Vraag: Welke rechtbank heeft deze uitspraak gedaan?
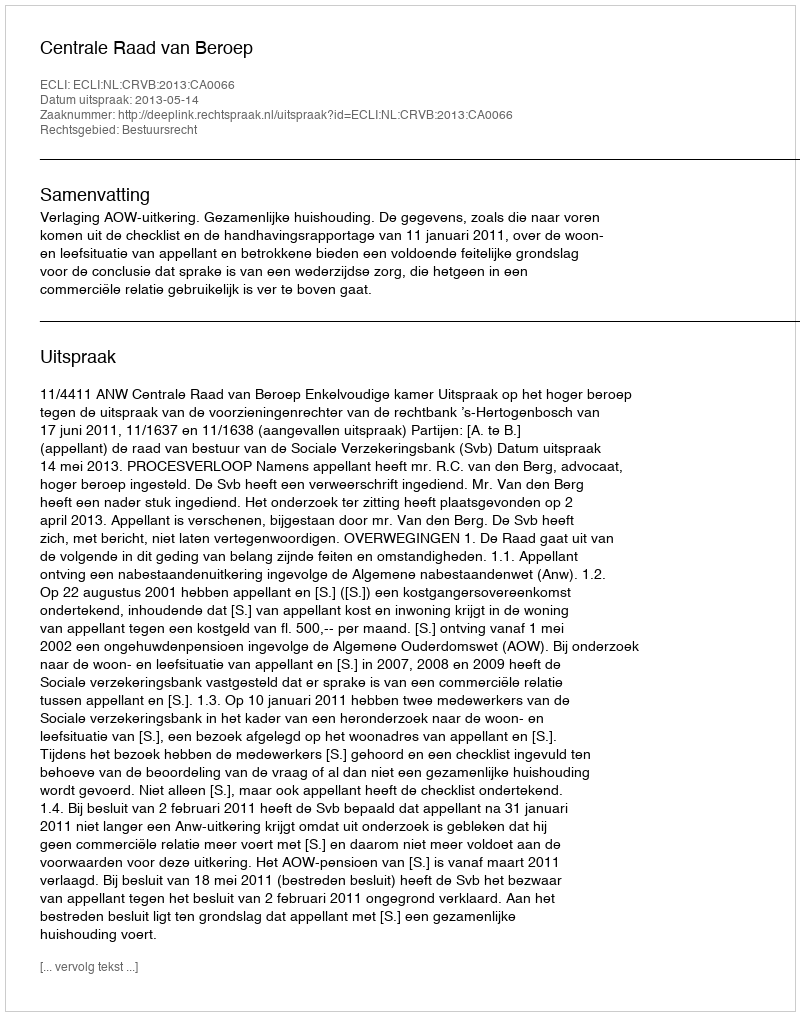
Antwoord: Centrale Raad van Beroep